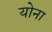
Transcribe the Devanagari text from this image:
योना